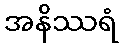
အနိဿရံ